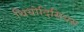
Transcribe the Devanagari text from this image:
थियोदिसियस